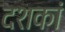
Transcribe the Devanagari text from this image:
दशकां